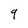
Character: 9